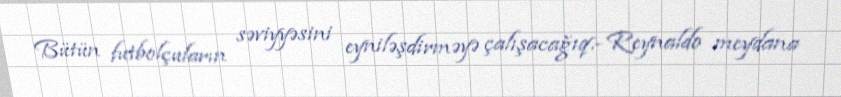
Bütün futbolçuların səviyyəsini eyniləşdirməyə çalışacağıq.- Reynaldo meydana